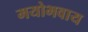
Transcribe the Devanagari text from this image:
मयोभवाय